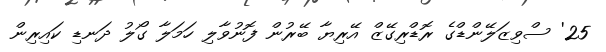
25' ސްވިޒަލޭންޑްގެ ރޮޑްރިގޭޒް އޭރިޔާ ބޭރުން ފޮނުވާލި ހަމަލާ ގޯލު ދަނޑި ކައިރިން